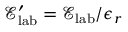
\mathcal { E } _ { \mathrm { l a b } } ^ { \prime } = \mathcal { E } _ { \mathrm { l a b } } / \epsilon _ { r }